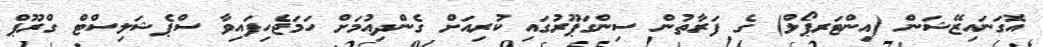
އޮގަނައިޒޭޝަން (އިންޓަރޕޯލް) ގެ ފަރާތުން ސިންގަޕޫރުގައި ކުރިއަށް ގެންދިއުމަށް ހަމަޖެހިފައިވާ ސްޕެޝަލިސްޓް ގްރޫޕް